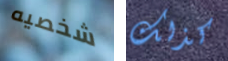
شخصيه كذلك